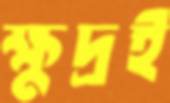
ক্ষুদ্রই